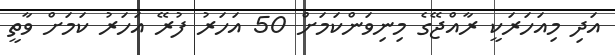
އަދި މިއަހަރަކީ ރާއްޖޭގެ މިނިވަންކަމަށް 50 އަހަރު ފުރޭ އަހަރު ކަމަށް ވާތީ